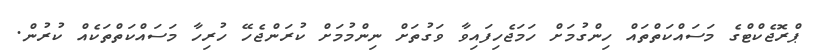
ޕްރޮޖެކްޓްގެ މަސައްކަތްތައް ހިންގުމަށް ހަމަޖެހިފައިވާ ވަގުތަށް ނިންމުމަށް ކުރަންޖެހޭ ހުރިހާ މަސައްކަތްތަކެއް ކުރުން.